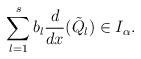
LaTeX: \begin{align*}\sum_{l=1}^s b_l\frac{d}{dx}(\tilde Q_l)\in I_\alpha.\end{align*}